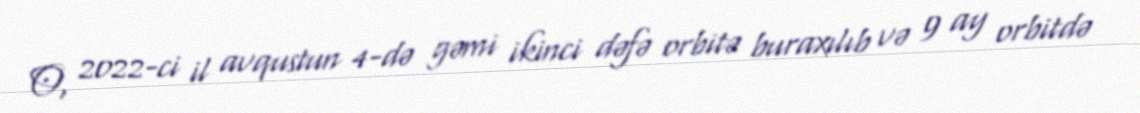
O, 2022-ci il avqustun 4-də gəmi ikinci dəfə orbitə buraxılıb və 9 ay orbitdə